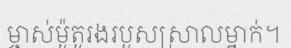
ម្ចាស់ម៉ូតូរងរបួសស្រាលម្នាក់។